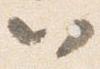
以